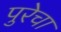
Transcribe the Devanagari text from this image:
पुरेचा